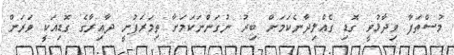
މުސްތަފާ ވިދާޅުވީ ގޮޑި ގެއްލިދާނެކަމަށް ބިރު ނުގަންނަކަމަށާ ތިމަރަފުށީ ދާއިރާގެ ގޮޑިއަކީ ވަރަށް